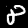
Digit: 8